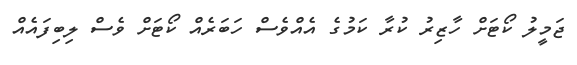
ޖަމީލު ކޯޓަށް ހާޒިރު ކުރާ ކަމުގެ އެއްވެސް ހަބަރެއް ކޯޓަށް ވެސް ލިބިފައެއް